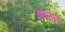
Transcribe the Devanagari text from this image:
झंपताल